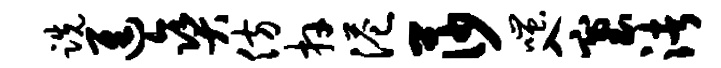
跣进爽仿卉港莎嗤入塞渚